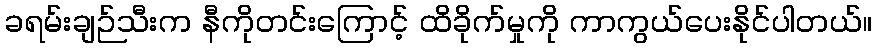
ခရမ်းချဉ်သီးက နီကိုတင်းကြောင့် ထိခိုက်မှုကို ကာကွယ်ပေးနိုင်ပါတယ်။